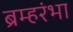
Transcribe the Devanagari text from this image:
ब्रम्हरंभा